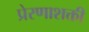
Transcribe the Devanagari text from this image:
प्रेरणाशक्ती